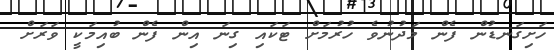
ހަށިގަނޑުން ފެން މަދުނުވެ ހުރުމަށް ޓަކައި ގިނަ އިން ފެން ބުއިމަކީ ވަރަށް